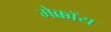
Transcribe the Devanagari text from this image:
मेक्कॉय